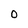
Character: 0